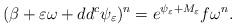
LaTeX: \begin{align*}(\beta + \varepsilon \omega + dd^c \psi_\varepsilon)^n=e^{\psi_\varepsilon + M_\varepsilon} f \omega^n.\end{align*}